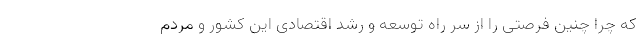
که چرا چنین فرصتی را از سر راه توسعه و رشد اقتصادی این کشور و مردم